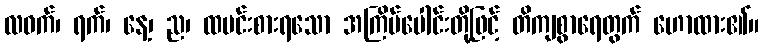
လဝက်၊ ရက်၊ နေ့၊ ည၊ ထမင်းစားရသော အကြိမ်ပေါင်းတို့ဖြင့် တိကျစွာရေတွက် ဟောထား၏။